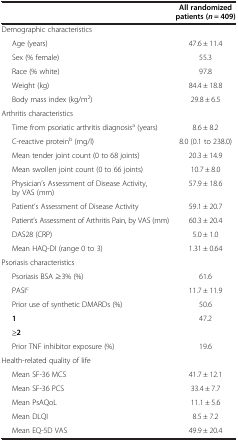
|  | All randomized patients (n = 409) |
 | --- | --- |
 | <COLSPAN=2> Demographic characteristics |
 | Age (years) | 47.6 ± 11.4 |
 | Sex (% female) | 55.3 |
 | Race (% white) | 97.8 |
 | Weight (kg) | 84.4 ± 18.8 |
 | Body mass index (kg/m2) | 29.8 ± 6.5 |
 | <COLSPAN=2> Arthritis characteristics |
 | Time from psoriatic arthritis diagnosisa (years) | 8.6 ± 8.2 |
 | C-reactive proteinb (mg/l) | 8.0 (0.1 to 238.0) |
 | Mean tender joint count (0 to 68 joints) | 20.3 ± 14.9 |
 | Mean swollen joint count (0 to 66 joints) | 10.7 ± 8.0 |
 | Physician’s Assessment of Disease Activity, by VAS (mm) | 57.9 ± 18.6 |
 | Patient’s Assessment of Disease Activity | 59.1 ± 20.7 |
 | Patient’s Assessment of Arthritis Pain, by VAS (mm) | 60.3 ± 20.4 |
 | DAS28 (CRP) | 5.0 ± 1.0 |
 | Mean HAQ-DI (range 0 to 3) | 1.31 ± 0.64 |
 | <COLSPAN=2> Psoriasis characteristics |
 | Psoriasis BSA ≥3% (%) | 61.6 |
 | PASIc | 11.7 ± 11.9 |
 | Prior use of synthetic DMARDs (%) | 50.6 |
 | 1 | 47.2 |
 | ≥2 |  |
 | Prior TNF inhibitor exposure (%) | 19.6 |
 | <COLSPAN=2> Health-related quality of life |
 | Mean SF-36 MCS | 41.7 ± 12.1 |
 | Mean SF-36 PCS | 33.4 ± 7.7 |
 | Mean PsAQoL | 11.1 ± 5.6 |
 | Mean DLQI | 8.5 ± 7.2 |
 | Mean EQ-5D VAS | 49.9 ± 20.4 |